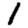
Digit: 1